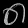
Digit: ၈